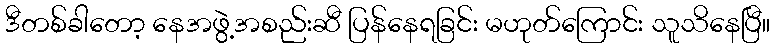
ဒီတစ်ခါတော့ နေအဖွဲ့အစည်းဆီ ပြန်နေရခြင်း မဟုတ်ကြောင်း သူသိနေပြီ။